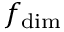
f _ { \mathrm { d i m } }